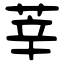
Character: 莘